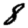
Digit: 8